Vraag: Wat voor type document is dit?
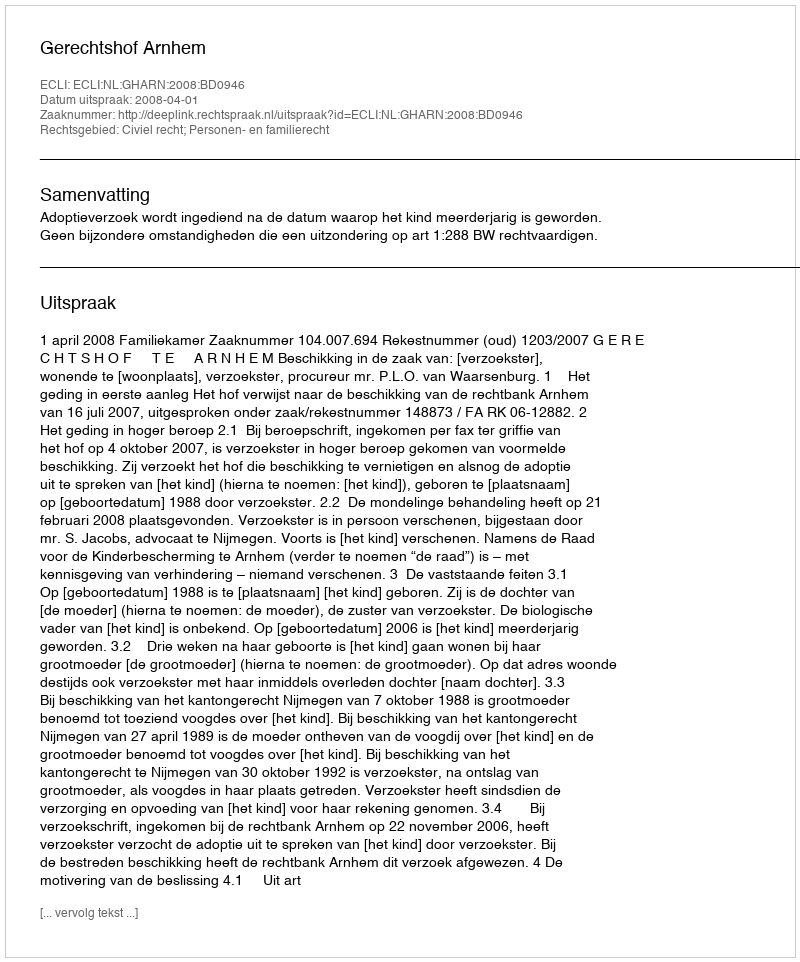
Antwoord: Uitspraak